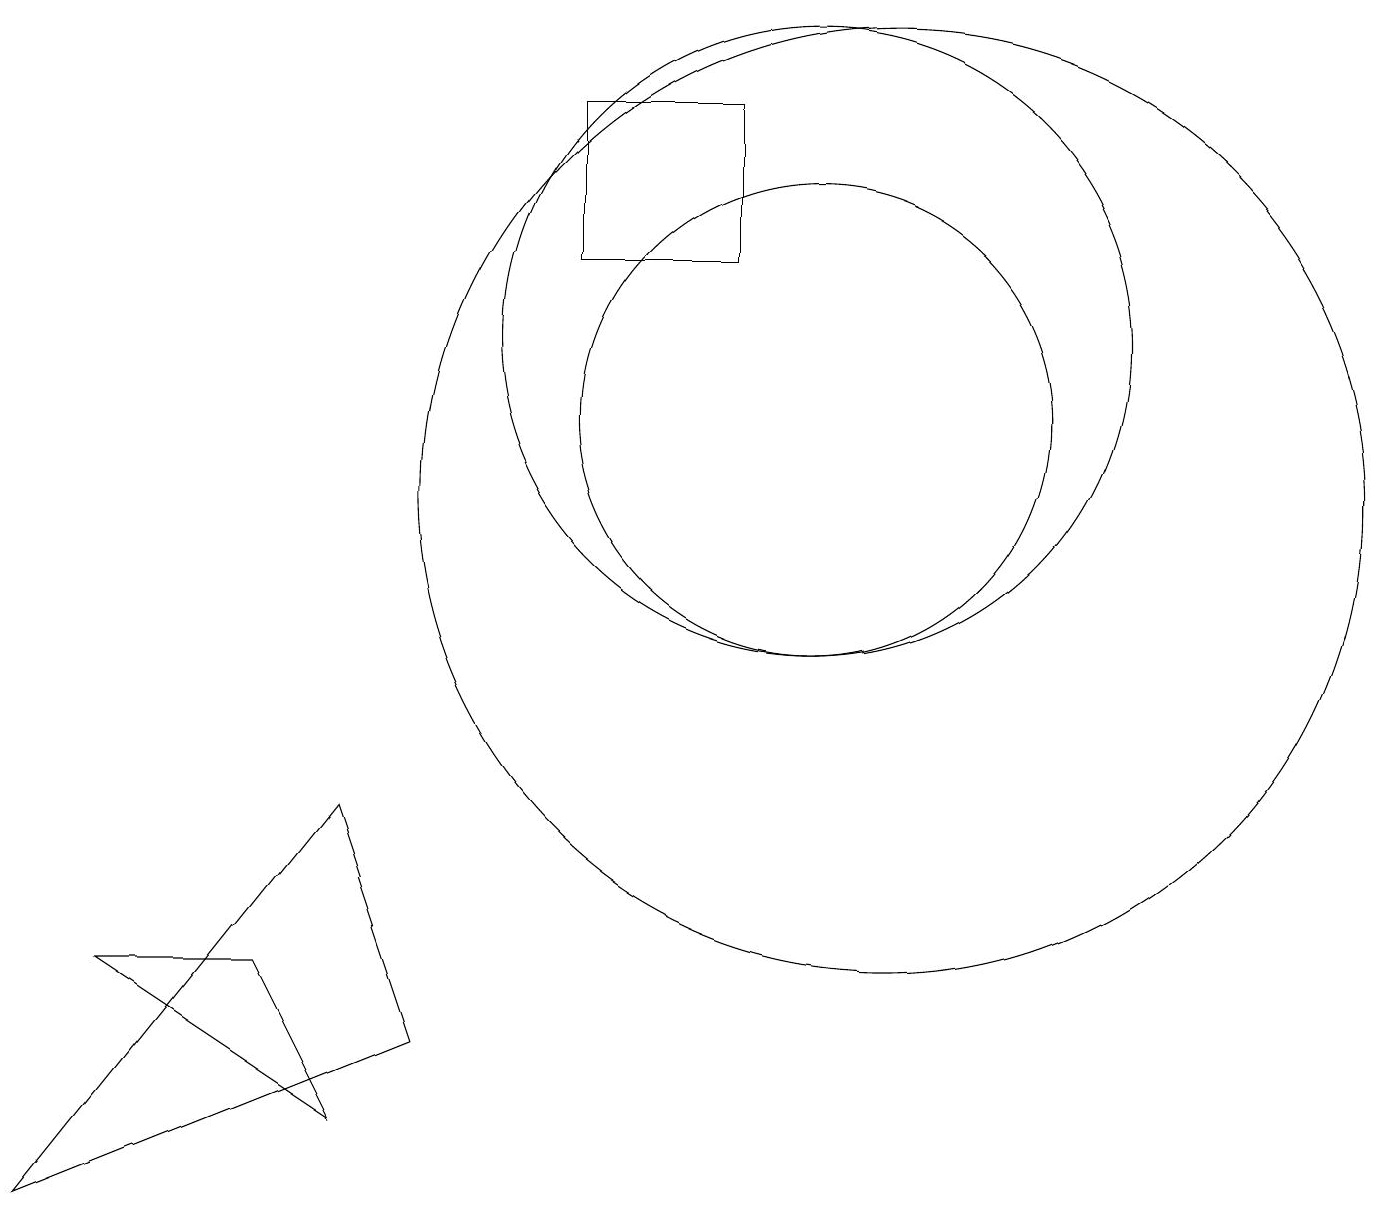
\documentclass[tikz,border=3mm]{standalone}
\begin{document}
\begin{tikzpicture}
\draw (10,11) circle (3);
\draw (7,15) rectangle (9,13);
\draw (4,2) -- (1,4) -- (3,4) -- cycle;
\draw (11,10) circle (6);
\draw (10,12) circle (4);
\draw (4,6) -- (5,3) -- (0,1) -- cycle;
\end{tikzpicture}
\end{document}